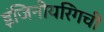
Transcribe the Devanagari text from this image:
इंजिनीयरिंगची